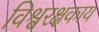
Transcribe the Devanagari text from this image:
विश्वरक्षकाय